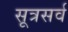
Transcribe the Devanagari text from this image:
सूत्रसर्व